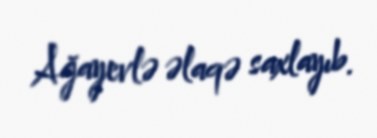
Ağayevlə əlaqə saxlayıb.